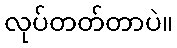
လုပ်တတ်တာပဲ။